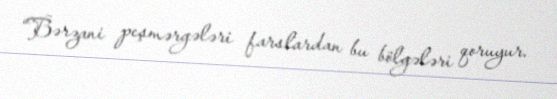
“Bərzani peşmərgələri farslardan bu bölgələri qoruyur.